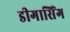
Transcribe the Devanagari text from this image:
डीगासिंग